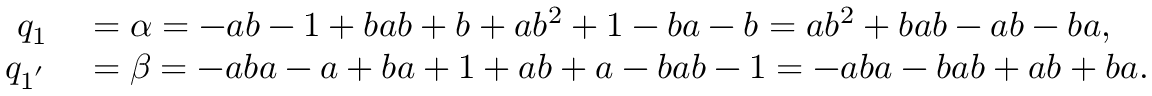
\begin{array} { r l } { q _ { 1 } } & { { } = \alpha = - a b - 1 + b a b + b + a b ^ { 2 } + 1 - b a - b = a b ^ { 2 } + b a b - a b - b a , } \\ { q _ { 1 ^ { ' } } } & { { } = \beta = - a b a - a + b a + 1 + a b + a - b a b - 1 = - a b a - b a b + a b + b a . } \end{array}